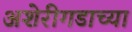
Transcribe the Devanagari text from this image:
अशेरीगडाच्या